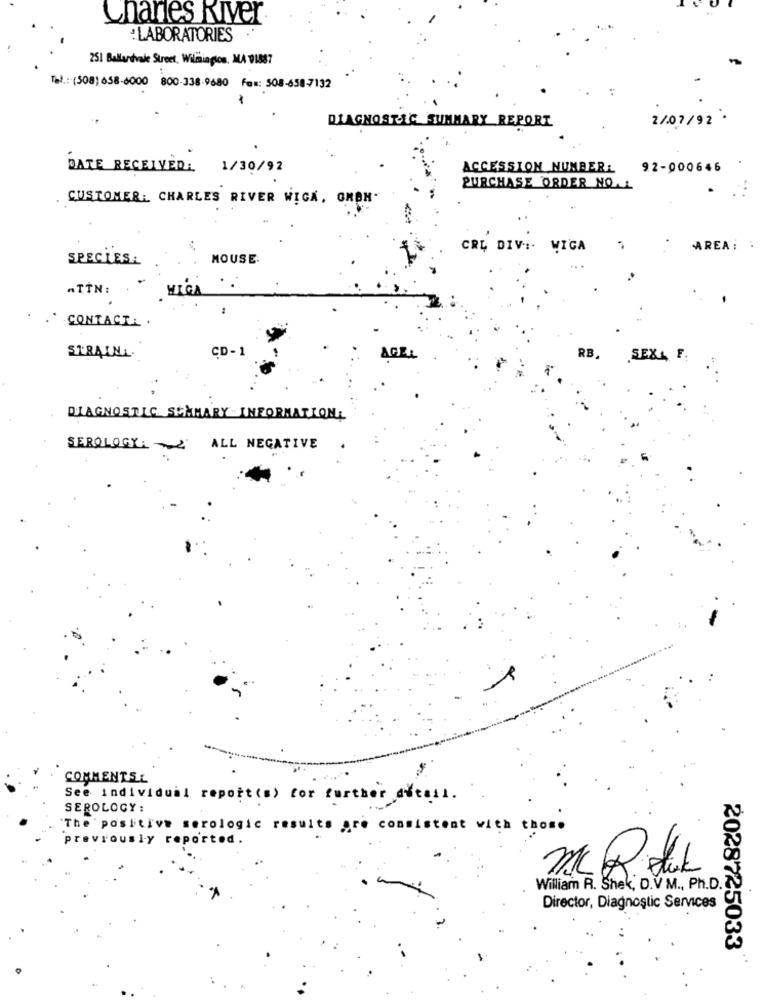
Clanes River
:LABORATORIES
251 Ballardvale Street, Wilmington, MA 01887
Tel .: (508) 658-6000 800-338-9680 Fox: 508-658-7132
2/07/92 .
DIAGNOSTIC SUMMARY REPORT
DATE RECEIVED: 1/30/92
ACCESSION NUMBER:
92-000646
PURCHASE ORDER NO.L
CUSTOMER: CHARLES RIVER WIGA, GHOM"
CRL DIV :. WIGA
AREA :
SPECIES:
MOUSE
ATTN:
MIGA
CONTACT. .
CD-1
STRAINL.
AGE
RB, SEX& F.
DIAGNOSTIC SUMMARY -INFORMATION;
SEROLOGY: ' ALL NEGATIVE
COMMENTSL
See individual report(s) for further detail.
SEROLOGY:
"The positive serologic results are consistent with those
previously reported.
Mc b. stik
William R. Shek, D.V M ., Ph.D.
Director, Diagnostic Services
2028725033